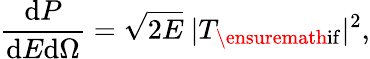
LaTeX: \frac{\mathrm{d}P}{\mathrm{d}E\mathrm{d}\Omega}=\sqrt{2E}\ |T_{\ensuremath{\mathrm{if}}}|^{2},